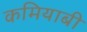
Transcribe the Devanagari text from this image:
कमियाबी